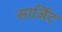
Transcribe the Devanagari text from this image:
सार्जिट